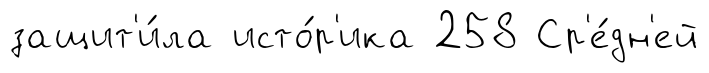
защит'и́ла исто́р'ика 258 Ср'е́дн'ей